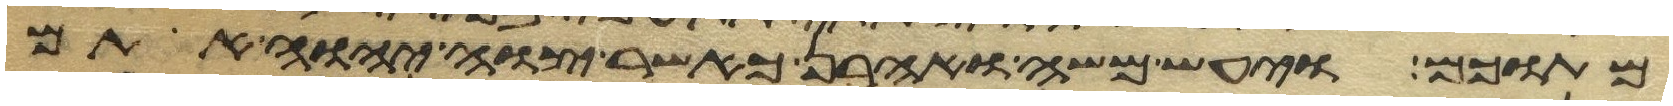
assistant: מתוכם ויעש משה ואהרן כאשר צוה יהוה אתם